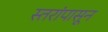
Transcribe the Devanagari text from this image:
स्तरांपासून